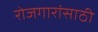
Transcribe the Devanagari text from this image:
रोजगारांसाठी